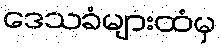
ဒေသခံများထံမှ